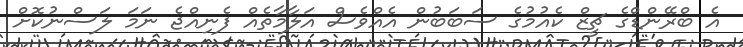
އެ ބްރޭންޑްގެ ޗީޒް ކެއުމުގެ ސަބަބުން އެއްވެސް އަލާމާތެއް ފެނިއްޖެ ނަމަ ލަސްނުކޮށް